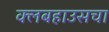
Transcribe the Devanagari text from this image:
क्लबहाउसचा